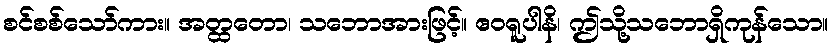
စင်စစ်သော်ကား။ အတ္ထတော၊ သဘောအားဖြင့်။ ဧဝရူပါနိ၊ ဤသို့သဘောရှိကုန်သော။